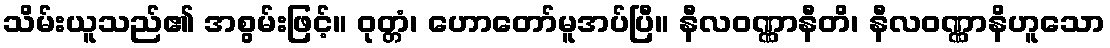
သိမ်းယူသည်၏ အစွမ်းဖြင့်။ ဝုတ္တံ၊ ဟောတော်မူအပ်ပြီ။ နီလဝဏ္ဏာနီတိ၊ နီလဝဏ္ဏာနိဟူသော